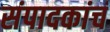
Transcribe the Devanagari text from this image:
संपादकांचं